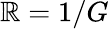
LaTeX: \mathbb{R}=1/G